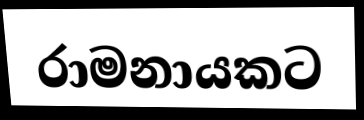
රාමනායකට